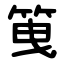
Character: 䇩